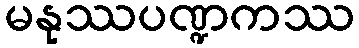
မနုဿပဏ္ဍကဿ